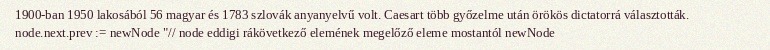
1900-ban 1950 lakosából 56 magyar és 1783 szlovák anyanyelvű volt. Caesart több győzelme után örökös dictatorrá választották. node.next.prev := newNode "// node eddigi rákövetkező elemének megelőző eleme mostantól newNode